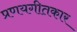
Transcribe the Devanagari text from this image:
प्रणयगीतकार